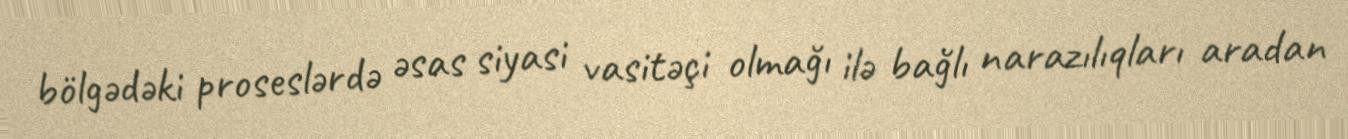
bölgədəki proseslərdə əsas siyasi vasitəçi olmağı ilə bağlı narazılıqları aradan